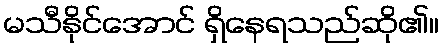
မသီနိုင်အောင် ရှိနေရသည်ဆို၏။